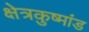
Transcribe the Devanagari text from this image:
क्षेत्रकुष्मांड